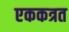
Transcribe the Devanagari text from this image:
एककत्रत